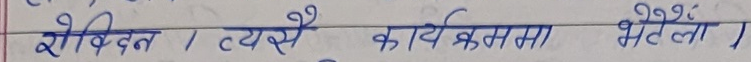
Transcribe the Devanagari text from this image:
शोभित । त्यसै कार्यक्रममा भेटौला ।